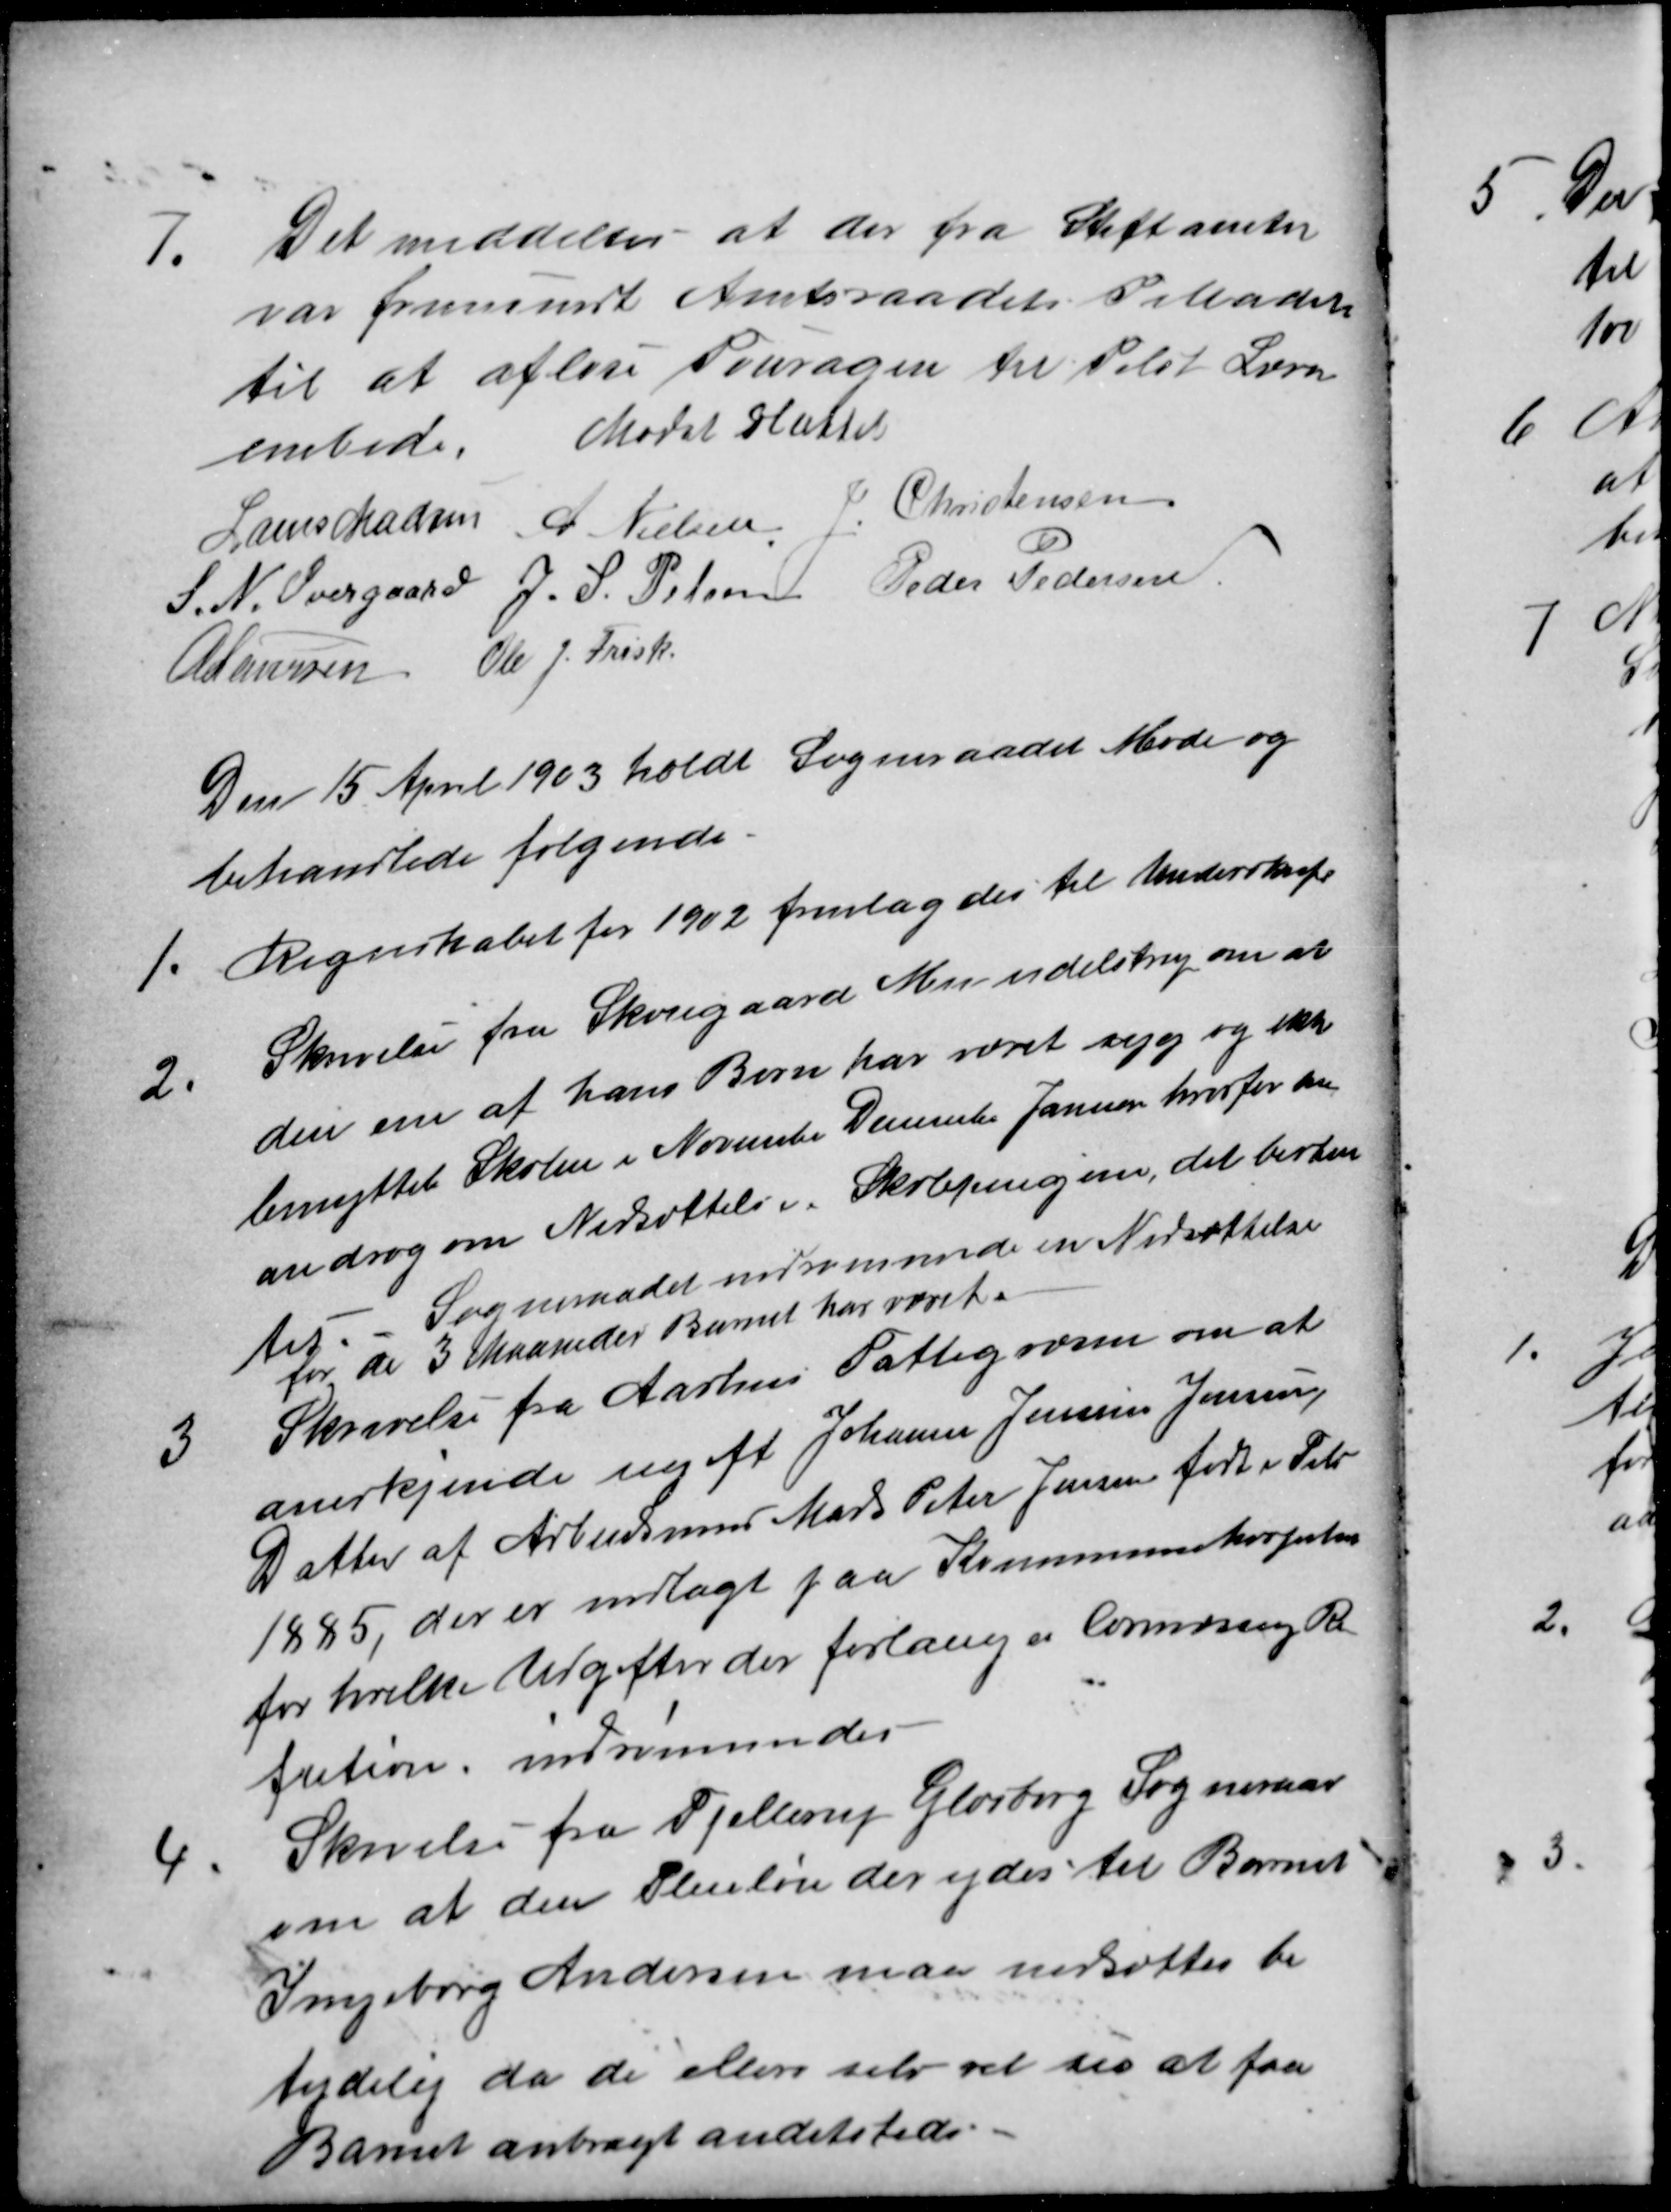
Transskription:
7.
Det meddeltes at der fra Stiftamter
var fremsendt Amtsraadets Tilladelse
til at afløse Fouragen til Tilst Lærer
embede. Mødet sluttet
embede. Mødet sluttet
Laurs Madsen
A. Nielsen J. Christensen
J. Christensen
S. N. Overgaard J. S. Pelsen
Peder Pedersen
A Laursen
Ole J. Frisk
Den 15 April 1903 holdt Sogneraadet Møde og
behandlede følgende.
1.
Regnskabet for 1902 fremlagdes til Underskrift
2.
Skrivelse fra Skougaard Mundelstrup om at
den ene af hans Børn har været syg og ikke
benyttet Skolen i November December Januar hvorfor han
androg om Nedsættelse i Skolepengene, det bestem
tes. Sogneraadet indrømmede en Nedsættelse
for de 3 Maaneder Barnet har været.
3
Skrivelse fra Aarhus Fattigvæsen om at
anerkjende ugift Johanne Jensine Jensen,
Datter af Arbejdsmand Mads Peter Jensen født i Tilst
1885, der er indlagt paa Kommunehospital
for hvilke Udgifter der forlanges lovmæssig Re
fution, indrømmedes
4
Skrivelse fra Fjellerup Glæsborg Sogneraad
om at den Pleieløn der ydes til Barnet
Ingeborg Andersen maa nedsættes be
tydelig da de ellers selv ret til at faa
Barnet anbragt andetstedes.